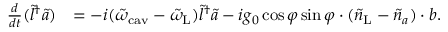
\begin{array} { r l } { \frac { d } { d t } ( \tilde { l } ^ { \dagger } \tilde { a } ) } & { = - i ( \tilde { \omega } _ { \mathrm { c a v } } - \tilde { \omega } _ { \mathrm { L } } ) \tilde { l } ^ { \dagger } \tilde { a } - i g _ { 0 } \cos \varphi \sin \varphi \cdot ( \tilde { n } _ { \mathrm { L } } - \tilde { n } _ { a } ) \cdot b . } \end{array}